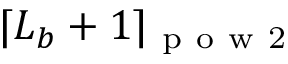
\lceil L _ { b } + 1 \rceil _ { \mathrm { ~ p ~ o ~ w ~ 2 ~ } }